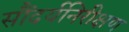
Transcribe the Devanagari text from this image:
सौंदर्यनिरीक्षण